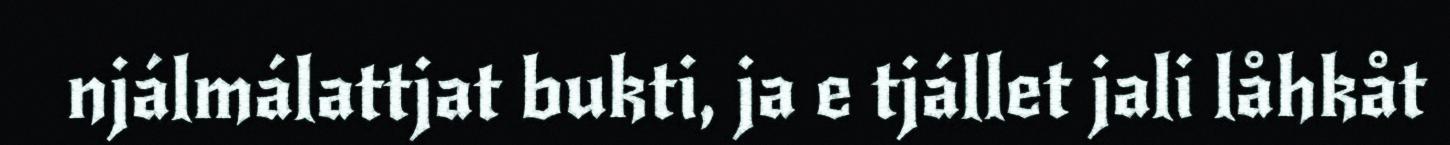
njálmálattjat bukti, ja e tjállet jali låhkåt